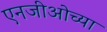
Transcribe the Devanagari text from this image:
एनजीओच्या